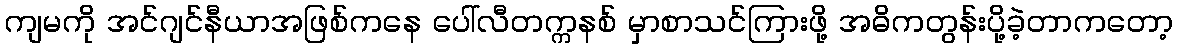
ကျမကို အင်ဂျင်နီယာအဖြစ်ကနေ ပေါ်လီတက္ကနစ် မှာစာသင်ကြားဖို့ အဓိကတွန်းပို့ခဲ့တာကတော့